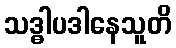
သဒ္ဓါပဒါနေသူတိ